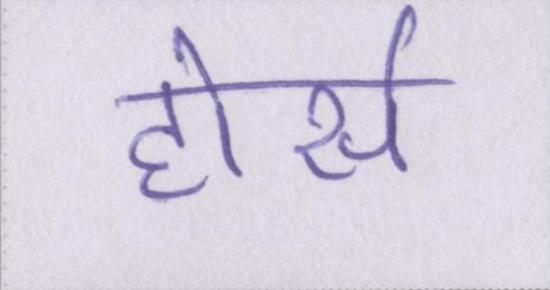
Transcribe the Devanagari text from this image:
होर्स